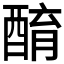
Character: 𨡚